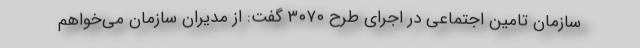
سازمان تامین اجتماعی در اجرای طرح ۳۰۷۰ گفت: از مدیران سازمان می‌خواهم